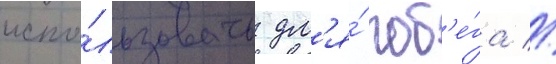
испо́льзовать дл'я́ поб'е́га //